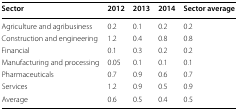
| Sector | 2012 | 2013 | 2014 | Sector average |
 | --- | --- | --- | --- | --- |
 | Agriculture and agribusiness | 0.2 | 0.1 | 0.2 | 0.2 |
 | Construction and engineering | 1.2 | 0.4 | 0.8 | 0.8 |
 | Financial | 0.1 | 0.3 | 0.2 | 0.2 |
 | Manufacturing and processing | 0.05 | 0.1 | 0.1 | 0.1 |
 | Pharmaceuticals | 0.7 | 0.9 | 0.6 | 0.7 |
 | Services | 1.2 | 0.9 | 0.5 | 0.9 |
 | Average | 0.6 | 0.5 | 0.4 | 0.5 |